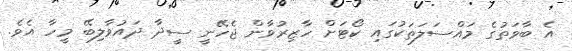
އެ ބާވަތުގެ މައްސަލަތަކުގައި ކޯޓަށް ހާޒިރުވާން ޖެހޭނީ ސީދާ ދައުވާލިބޭ މީހާ އެވެ.